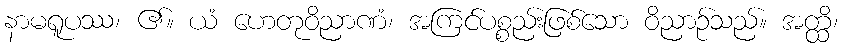
နာမရူပဿ၊ ၏။ ယံ ဟေတုဝိညာဏံ၊ အကြင်ပစ္စည်းဖြစ်သော ဝိညာဉ်သည်။ အတ္ထိ၊